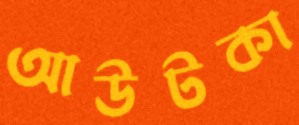
আউটকা